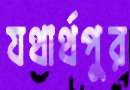
যথার্থপুর